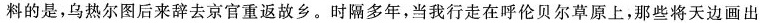
料的是，乌热尔图后来辞去京官重返故乡。时隔多年，当我行走在呼伦贝尔草原上，那些将天边画出